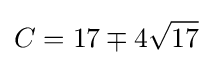
C=17\mp 4{\sqrt {17}}